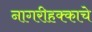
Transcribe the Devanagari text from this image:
नागरीहक्काचे